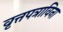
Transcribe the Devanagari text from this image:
वृत्तपत्राविना